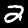
Label: 2